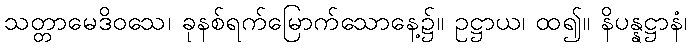
သတ္တာမေဒိဝသေ၊ ခုနစ်ရက်မြောက်သောနေ့၌။ ဥဋ္ဌာယ၊ ထ၍။ နိပန္နဋ္ဌာနံ၊